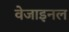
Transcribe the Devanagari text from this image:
वेजाइनल